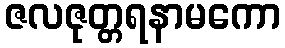
ဇလဇုတ္တရနာမကော